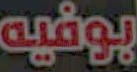
بوفيه